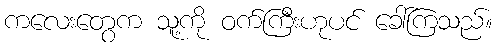
ကလေးတွေက သူ့ကို ဝက်ကြီးဟုပင် ခေါ်ကြသည်။